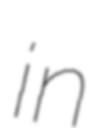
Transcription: in